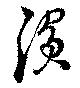
浜